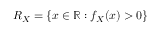
R _ { X } = \{ x \in \mathbb { R } : f _ { X } ( x ) > 0 \}